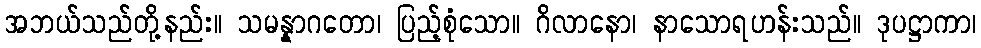
အဘယ်သည်တို့နည်း။ သမန္နာဂတော၊ ပြည့်စုံသော။ ဂိလာနော၊ နာသောရဟန်းသည်။ ဒုပဋ္ဌာကာ၊